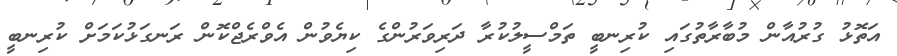
އަތޮޅު ގުރުއާން މުބާރާތުގައި ކުރިނބީ ތަމްސީލުކުރާ ދަރިވަރުންގެ ކިޔެވުން އެވްރެޖްކޮން ރަނގަޅުކަމަށް ކުރިނބީ